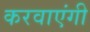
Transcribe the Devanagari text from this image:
करवाएंगी